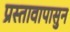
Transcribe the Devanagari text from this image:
प्रस्तावापासुन